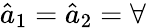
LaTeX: \hat{a}_{1}=\hat{a}_{2}=\forall